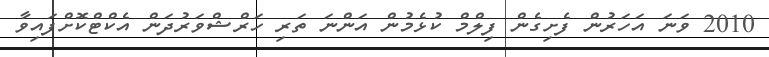
2010 ވަނަ އަހަރުން ފެށިގެން ފިލްމް ކުޅެމުން އަންނަ ތަރި ހަރްޝްވަރުދަން އެކްޓްކޮށްފައިވާ